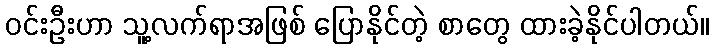
ဝင်းဦးဟာ သူ့လက်ရာအဖြစ် ပြောနိုင်တဲ့ စာတွေ ထားခဲ့နိုင်ပါတယ်။